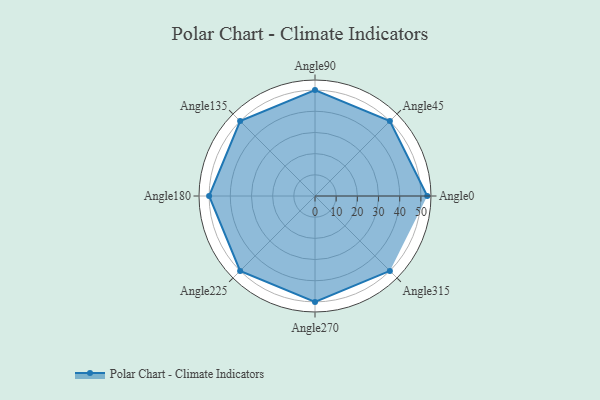
{"axis": {"x": "Angle", "y": "Radius"}, "legend": [""], "data": [{"x": "Angle0", "y": 53.0, "type": ""}, {"x": "Angle45", "y": 50, "type": ""}, {"x": "Angle90", "y": 50, "type": ""}, {"x": "Angle135", "y": 50, "type": ""}, {"x": "Angle180", "y": 50, "type": ""}, {"x": "Angle225", "y": 50, "type": ""}, {"x": "Angle270", "y": 50, "type": ""}, {"x": "Angle315", "y": 50, "type": ""}]}